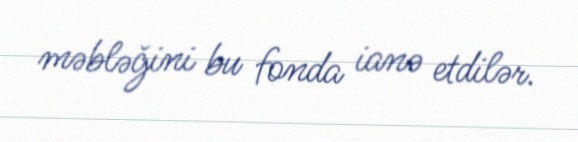
məbləğini bu fonda ianə etdilər.